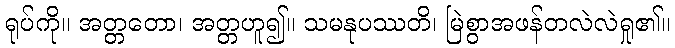
ရုပ်ကို။ အတ္တတော၊ အတ္တဟူ၍။ သမနုပဿတိ၊ မြဲစွာအဖန်တလဲလဲရှု၏။